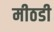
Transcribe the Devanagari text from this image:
मीठडी